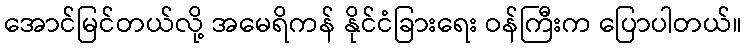
အောင်မြင်တယ်လို့ အမေရိကန် နိုင်ငံခြားရေး ဝန်ကြီးက ပြောပါတယ်။